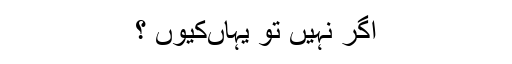
اگر نہیں تو یہاںکیوں ؟